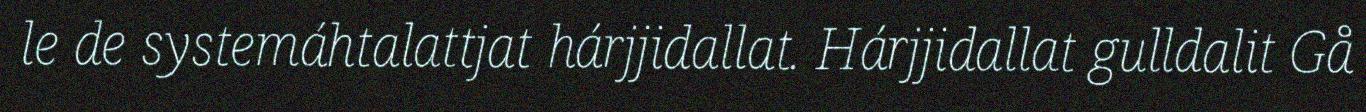
le de systemáhtalattjat hárjjidallat. Hárjjidallat gulldalit Gå